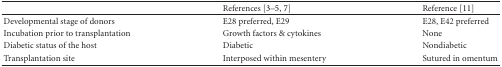
<table><thead><tr><td></td><td><b>References [3–5, 7]</b></td><td><b>Reference [11]</b></td></tr></thead><tbody><tr><td>Developmental stage of donors</td><td>E28 preferred, E29</td><td>E28, E42 preferred</td></tr><tr><td>Incubation prior to transplantation</td><td>Growth factors &amp; cytokines</td><td>None</td></tr><tr><td>Diabetic status of the host</td><td>Diabetic</td><td>Nondiabetic</td></tr><tr><td>Transplantation site</td><td>Interposed within mesentery</td><td>Sutured in omentum</td></tr></tbody></table>